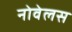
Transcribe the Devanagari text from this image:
नोवेलस